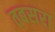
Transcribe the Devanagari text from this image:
तबसरा